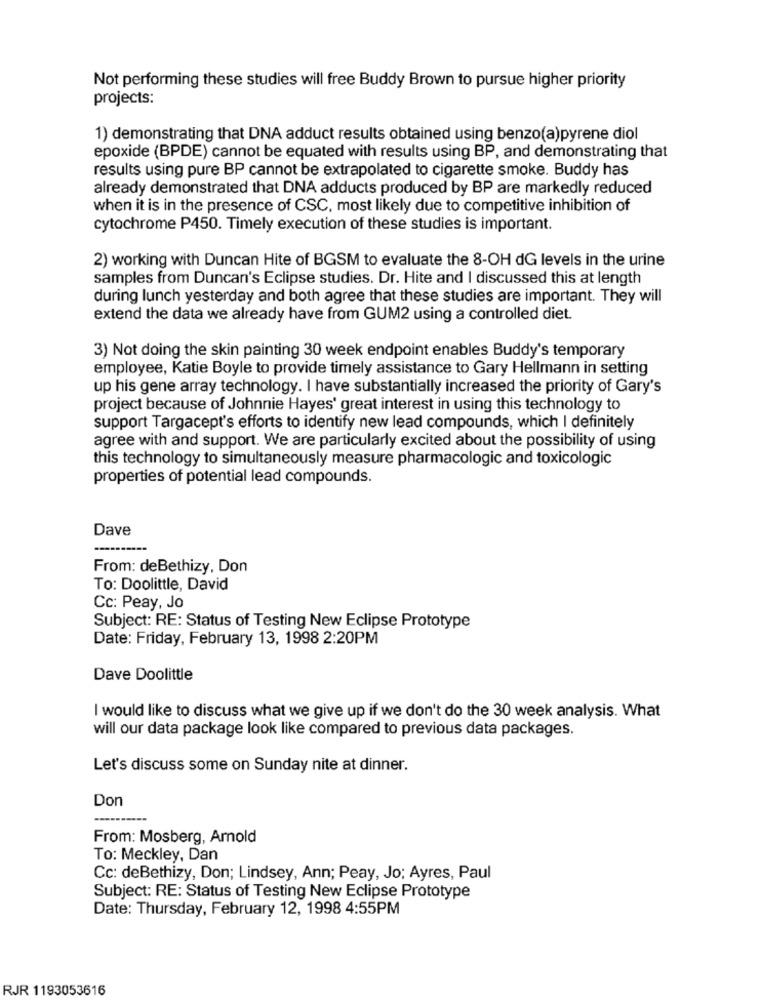
Not performing these studies will free Buddy Brown to pursue higher priority
projects:
1) demonstrating that DNA adduct results obtained using benzo(a)pyrene diol
epoxide (BPDE) cannot be equated with results using BP, and demonstrating that
results using pure BP cannot be extrapolated to cigarette smoke. Buddy has
already demonstrated that DNA adducts produced by BP are markedly reduced
when it is in the presence of CSC, most likely due to competitive inhibition of
cytochrome P450. Timely execution of these studies is important.
2) working with Duncan Hite of BGSM to evaluate the 8-OH dG levels in the urine
samples from Duncan's Eclipse studies. Dr. Hite and I discussed this at length
during lunch yesterday and both agree that these studies are important. They will
extend the data we already have from GUM2 using a controlled diet.
3) Not doing the skin painting 30 week endpoint enables Buddy's temporary
employee, Katie Boyle to provide timely assistance to Gary Hellmann in setting
up his gene array technology. I have substantially increased the priority of Gary's
project because of Johnnie Hayes' great interest in using this technology to
support Targacept's efforts to identify new lead compounds, which I definitely
agree with and support. We are particularly excited about the possibility of using
this technology to simultaneously measure pharmacologic and toxicologic
properties of potential lead compounds.
Dave
From: deBethizy, Don
To: Doolittle, David
Cc: Peay, Jo
Subject: RE: Status of Testing New Eclipse Prototype
Date: Friday, February 13, 1998 2:20PM
Dave Doolittle
I would like to discuss what we give up if we don't do the 30 week analysis. What
will our data package look like compared to previous data packages.
Let's discuss some on Sunday nite at dinner.
Don
---
From: Mosberg, Arnold
To: Meckley, Dan
Cc: deBethizy, Don; Lindsey, Ann; Peay, Jo; Ayres, Paul
Subject: RE: Status of Testing New Eclipse Prototype
Date: Thursday, February 12, 1998 4:55PM
RJR 1193053616